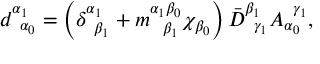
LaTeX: d _ { \; \; \alpha _ { 0 } } ^ { \alpha _ { 1 } } = \left( \delta _ { \; \; \beta _ { 1 } } ^ { \alpha _ { 1 } } + m _ { \; \; \; \beta _ { 1 } } ^ { \alpha _ { 1 } \beta _ { 0 } } \chi _ { \beta _ { 0 } } \right) \bar { D } _ { \; \; \gamma _ { 1 } } ^ { \beta _ { 1 } } A _ { \alpha _ { 0 } } ^ { \; \; \gamma _ { 1 } } ,